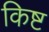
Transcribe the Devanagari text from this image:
किष्ट